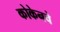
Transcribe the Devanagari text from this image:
कोकेनचे